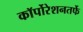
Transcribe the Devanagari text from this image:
कॉर्पोरेशनतर्फे